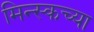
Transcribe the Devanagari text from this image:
मिन्स्कच्या